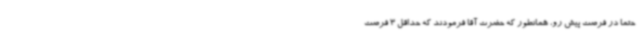
حتماً در فرصت پیش رو، همانطور که حضرت آقا فرمودند که حداقل 3 فرصت